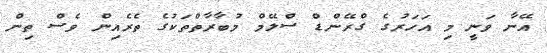
އޭނާ ވަނީ މި އަހަރުގެ ގްރޭންޑް ސްލޭމް މުބާރާތްތަކުގެ ތެރެއިން ވެސް ތިން